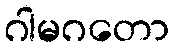
ဂါမဂတော